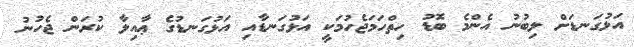
އަޅުގަނޑަށް ލިބުނު އެންމެ ބޮޑު ހިތްހަމަޖެހުމަކީ އަޅުގަނޑާއި އަޅުގަނޑުގެ ޢާއިލާ ކުރަން ޖެހުނު